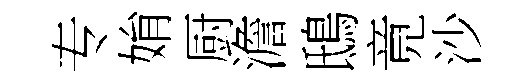
专姢厨澹鴟竟沙